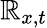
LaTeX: \mathbb{R}_{x,t}